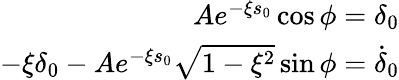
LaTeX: \begin{array}{r}{Ae^{-\xi s_{0}}\cos\phi=\delta_{0}}\\ {-\xi\delta_{0}-Ae^{-\xi s_{0}}\sqrt{1-\xi^{2}}\sin\phi=\dot{\delta}_{0}}\end{array}